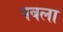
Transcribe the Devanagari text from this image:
पबला